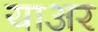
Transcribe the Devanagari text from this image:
याअर